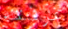
غرفته